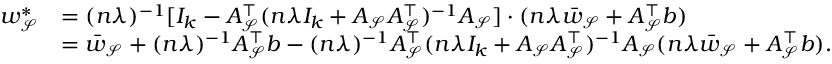
\begin{array} { r l } { w _ { \mathcal { S } } ^ { * } } & { = ( n \lambda ) ^ { - 1 } [ I _ { k } - A _ { \mathcal { S } } ^ { \top } ( n \lambda I _ { k } + A _ { \mathcal { S } } A _ { \mathcal { S } } ^ { \top } ) ^ { - 1 } A _ { \mathcal { S } } ] \cdot ( n \lambda \bar { w } _ { \mathcal { S } } + A _ { \mathcal { S } } ^ { \top } b ) } \\ & { = \bar { w } _ { \mathcal { S } } + ( n \lambda ) ^ { - 1 } A _ { \mathcal { S } } ^ { \top } b - ( n \lambda ) ^ { - 1 } A _ { \mathcal { S } } ^ { \top } ( n \lambda I _ { k } + A _ { \mathcal { S } } A _ { \mathcal { S } } ^ { \top } ) ^ { - 1 } A _ { \mathcal { S } } ( n \lambda \bar { w } _ { \mathcal { S } } + A _ { \mathcal { S } } ^ { \top } b ) . } \end{array}